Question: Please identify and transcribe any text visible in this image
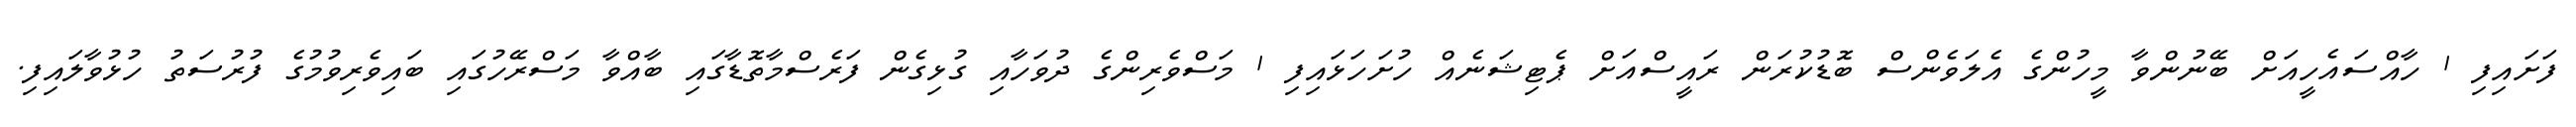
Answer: ފަށައިފި 1 ހާއްސައެހީއަށް ބޭނުންވާ މީހުންގެ އެލަވެންސް ބޮޑުކުރަން ރައީސްއަށް ޕެޓިޝަނެއް ހުށަހަޅައިފި 1 މަސްވެރިންގެ ދުވަހާއި ގުޅިގެން ފަރެސްމާތޮޑާގައި ބާއްވާ މަސްރޭހުގައި ބައިވެރިވުމުގެ ފުރުސަތު ހުޅުވާލައިފި.